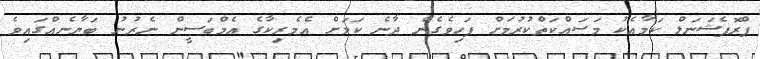
ޕްރޮފެޝަނަލް ކަމާއެކު މަސައްކަތްކުރުމަށް ފަހިވެގެން ދާނެ ކަމަށް އެމެރިކާގެ އެމްބަސީން ނެރުނު ބަޔާނެއްގައިވެ